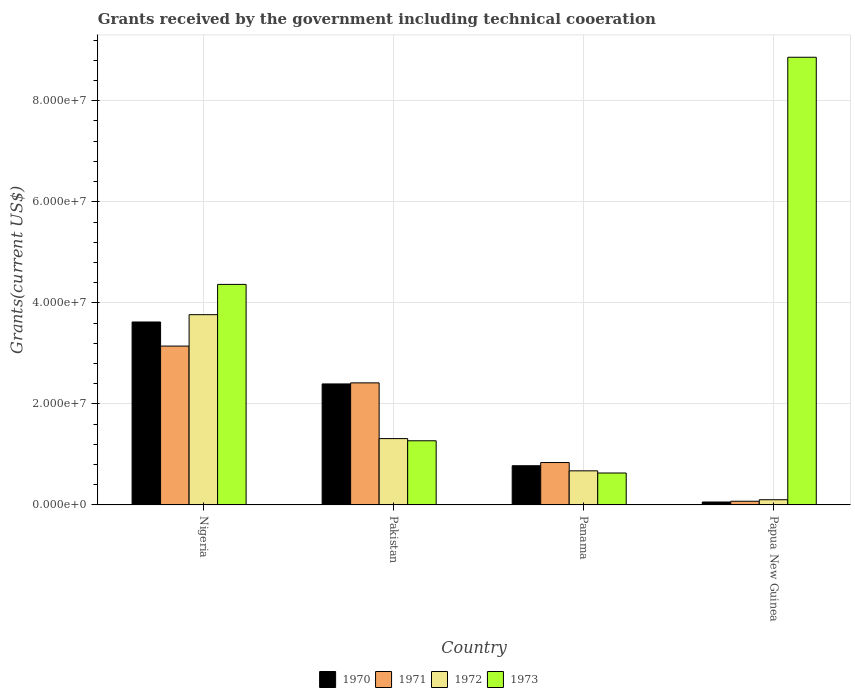
| Country | 1970 | 1971 | 1972 | 1973 |
 | --- | --- | --- | --- | --- |
 | Nigeria | 3.62e+07 | 3.14e+07 | 3.77e+07 | 4.36e+07 |
 | Pakistan | 2.4e+07 | 2.42e+07 | 1.31e+07 | 1.27e+07 |
 | Panama | 7.76e+06 | 8.39e+06 | 6.75e+06 | 6.32e+06 |
 | Papua New Guinea | 5.8e+05 | 7.3e+05 | 1.03e+06 | 8.86e+07 |